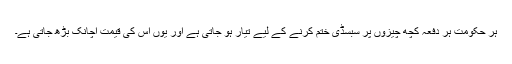
ہر حکومت ہر دفعہ کچھ چیزوں پر سبسڈی ختم کرنے کے لیے تیار ہو جاتی ہے اور یوں اس کی قیمت اچانک بڑھ جاتی ہے۔